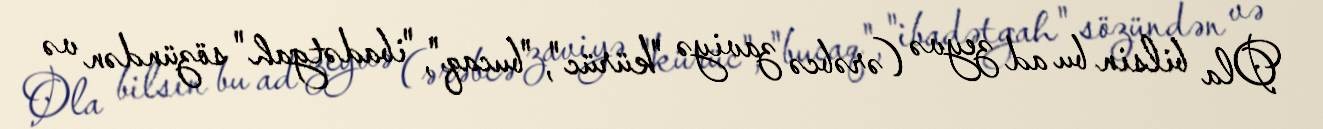
Ola bilsin bu ad zeyvə (ərəbcə zaviyə "kürüc", "bucaq", "ibadətgah" sözündən və